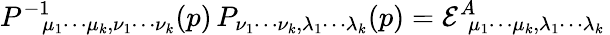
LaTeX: P^{-1}{}_{\! \! \mu_{1}\cdots\mu_{k},\nu_{1}\cdots\nu_{k}}(p)\, P_{\nu_{1}\cdots\nu_{k},\lambda_{1}\cdots\lambda_{k}}(p)={\cal E}^{A}{}_{\! \! \mu_{1}\cdots\mu_{k},\lambda_{1}\cdots\lambda_{k}}\,